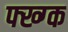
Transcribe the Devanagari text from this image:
फ्ख्ग्क